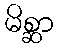
မိစ္ဆာ